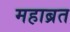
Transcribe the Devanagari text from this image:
महाब्रत